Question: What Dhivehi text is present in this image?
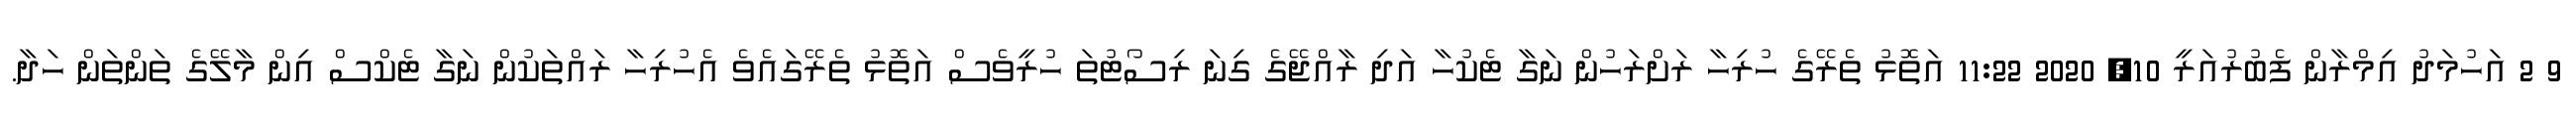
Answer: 9 2 އަހުމަދު އިމްރާން ފެބުރުއަރީ 10, 2020 11:22 އަތޮޅު ތެރޭގެ ހުރިހާ ރަށްރަހުން ނަގާ ޓެކުހާ އަދި ރާއްޖޭގެ ގިނަ ރިސޯޓުތަ ހުރީވެސް އަތޮޅު ތެރޭގައެވެ އެހުރިހާ ރައްތަކުން ނަގާ ޓެކްސް އިން މާލޭގެ ތަންތަން ހަދާ.